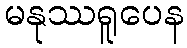
မနုဿရူပေန